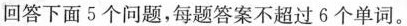
回答下面5个问题,每题答案不超过6个单词。